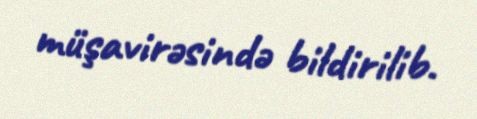
müşavirəsində bildirilib.